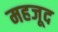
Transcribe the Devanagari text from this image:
महजूद